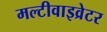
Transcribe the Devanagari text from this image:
मल्टीवाइव्रेटर